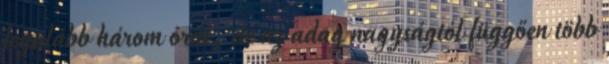
legalább három órát, de az adag nagyságtól függően több